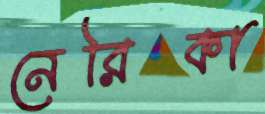
নেরিকা